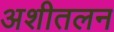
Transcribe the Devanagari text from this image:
अशीतलन